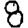
Digit: 8